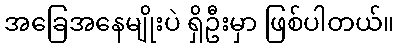
အခြေအနေမျိုးပဲ ရှိဦးမှာ ဖြစ်ပါတယ်။